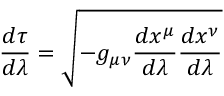
{ \frac { d \tau } { d \lambda } } = { \sqrt { - g _ { \mu \nu } { \frac { d x ^ { \mu } } { d \lambda } } { \frac { d x ^ { \nu } } { d \lambda } } } }